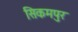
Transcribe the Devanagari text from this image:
सिकमपुर